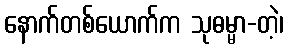
နောက်တစ်ယောက်က သုဓမ္မာ-တဲ့၊